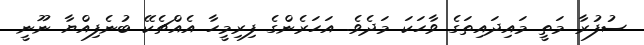
ސުފުރާ މަތީ މައިދައިތަގެ ވާހަކަ މަދެވެ. އަހަރެންގެ ފިރިމީހާ އެއްޗެކޭ ބުނެފިއްޔާ ނޫނީ